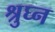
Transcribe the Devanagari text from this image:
श्रुघ्न